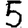
Digit: 5